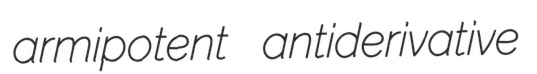
armipotent antiderivative